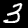
Digit: 3